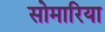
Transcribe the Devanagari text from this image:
सोमारिया